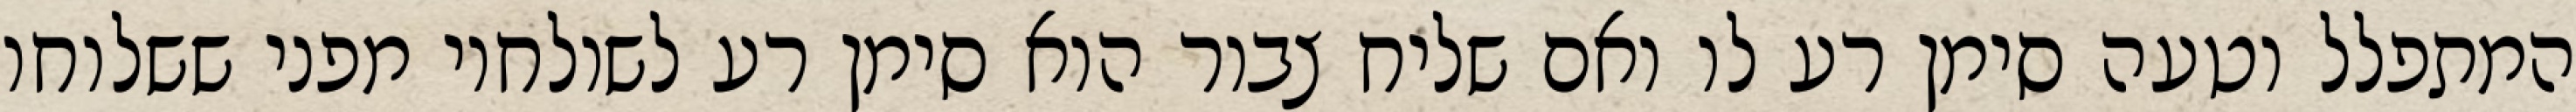
המתפלל וטעה סימן רע לו ואם שליח צבור הוא סימן רע לשולחיו מפני ששלוחו